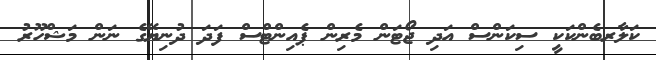
ކަލާރބެންކަކީ ސިކަންސް އަދި ޖޯޓަން މެރިން ޕެއިންޓްސް ފަދަ ދުނިޔޭގެ ނަން މަޝްހޫރު